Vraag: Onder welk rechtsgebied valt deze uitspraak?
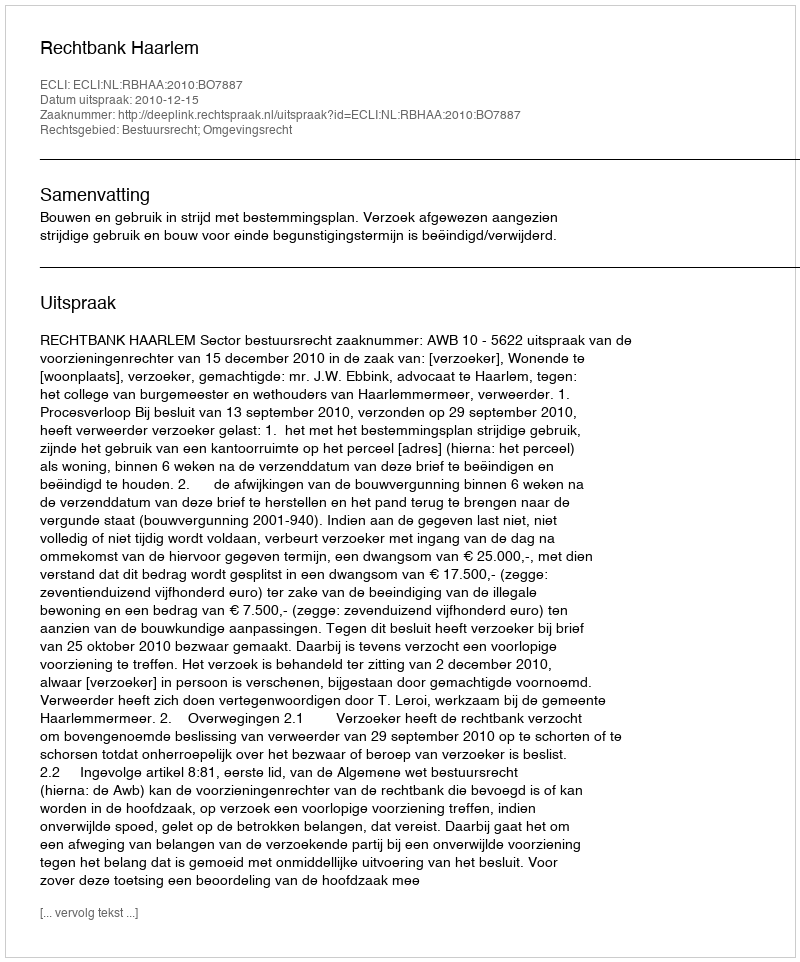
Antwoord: Bestuursrecht; Omgevingsrecht